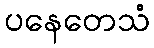
ပနေတေသံ